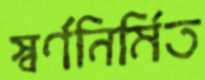
স্বর্ণনির্মিত